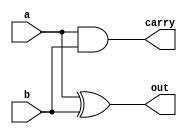
`timescale 1ns / 1ps

module half_adder(a,b,out,carry);
input a;
input b;
output out;
output carry;

assign out = a^b;
assign carry = a&b;

endmodule